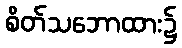
စိတ်သဘောထား၌